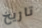
تاريخ